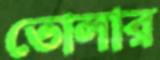
তোলার